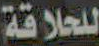
للحلاقة